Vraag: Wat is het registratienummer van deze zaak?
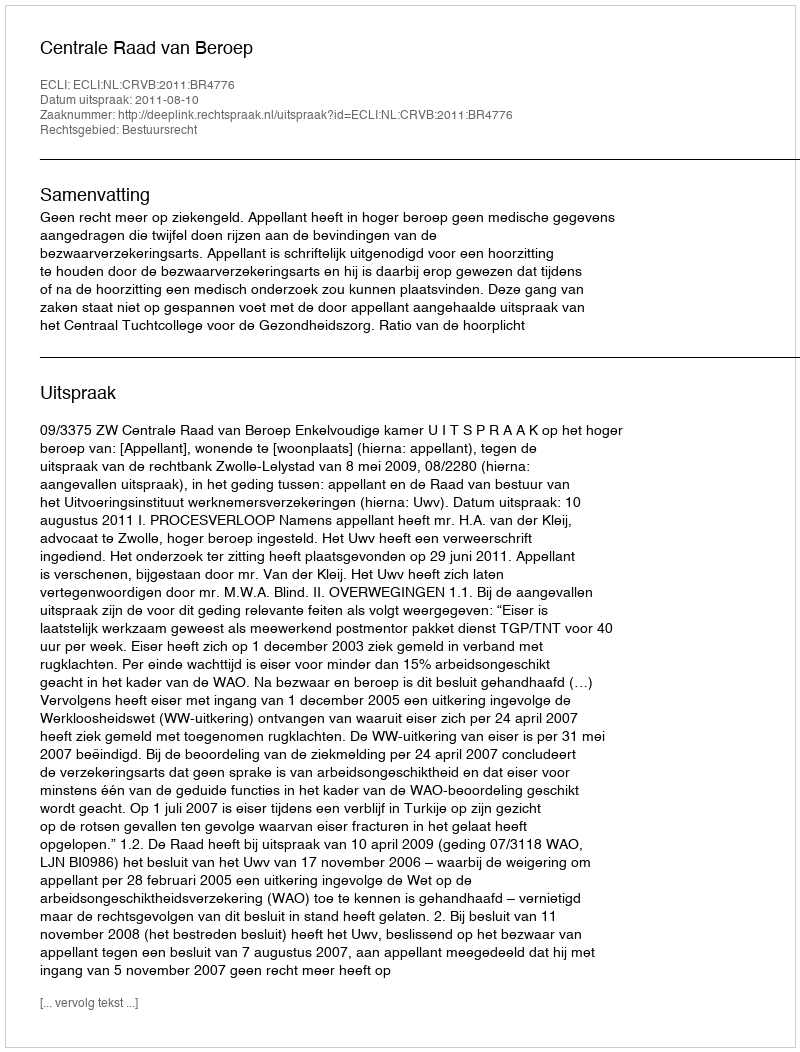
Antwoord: http://deeplink.rechtspraak.nl/uitspraak?id=ECLI:NL:CRVB:2011:BR4776